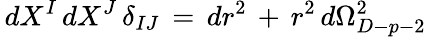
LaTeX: \, dX^{I}\, dX^{J}\, \delta_{IJ}\, =\, dr^{2}\, +\, r^{2}\, d\Omega_{D-p-2}^{2}